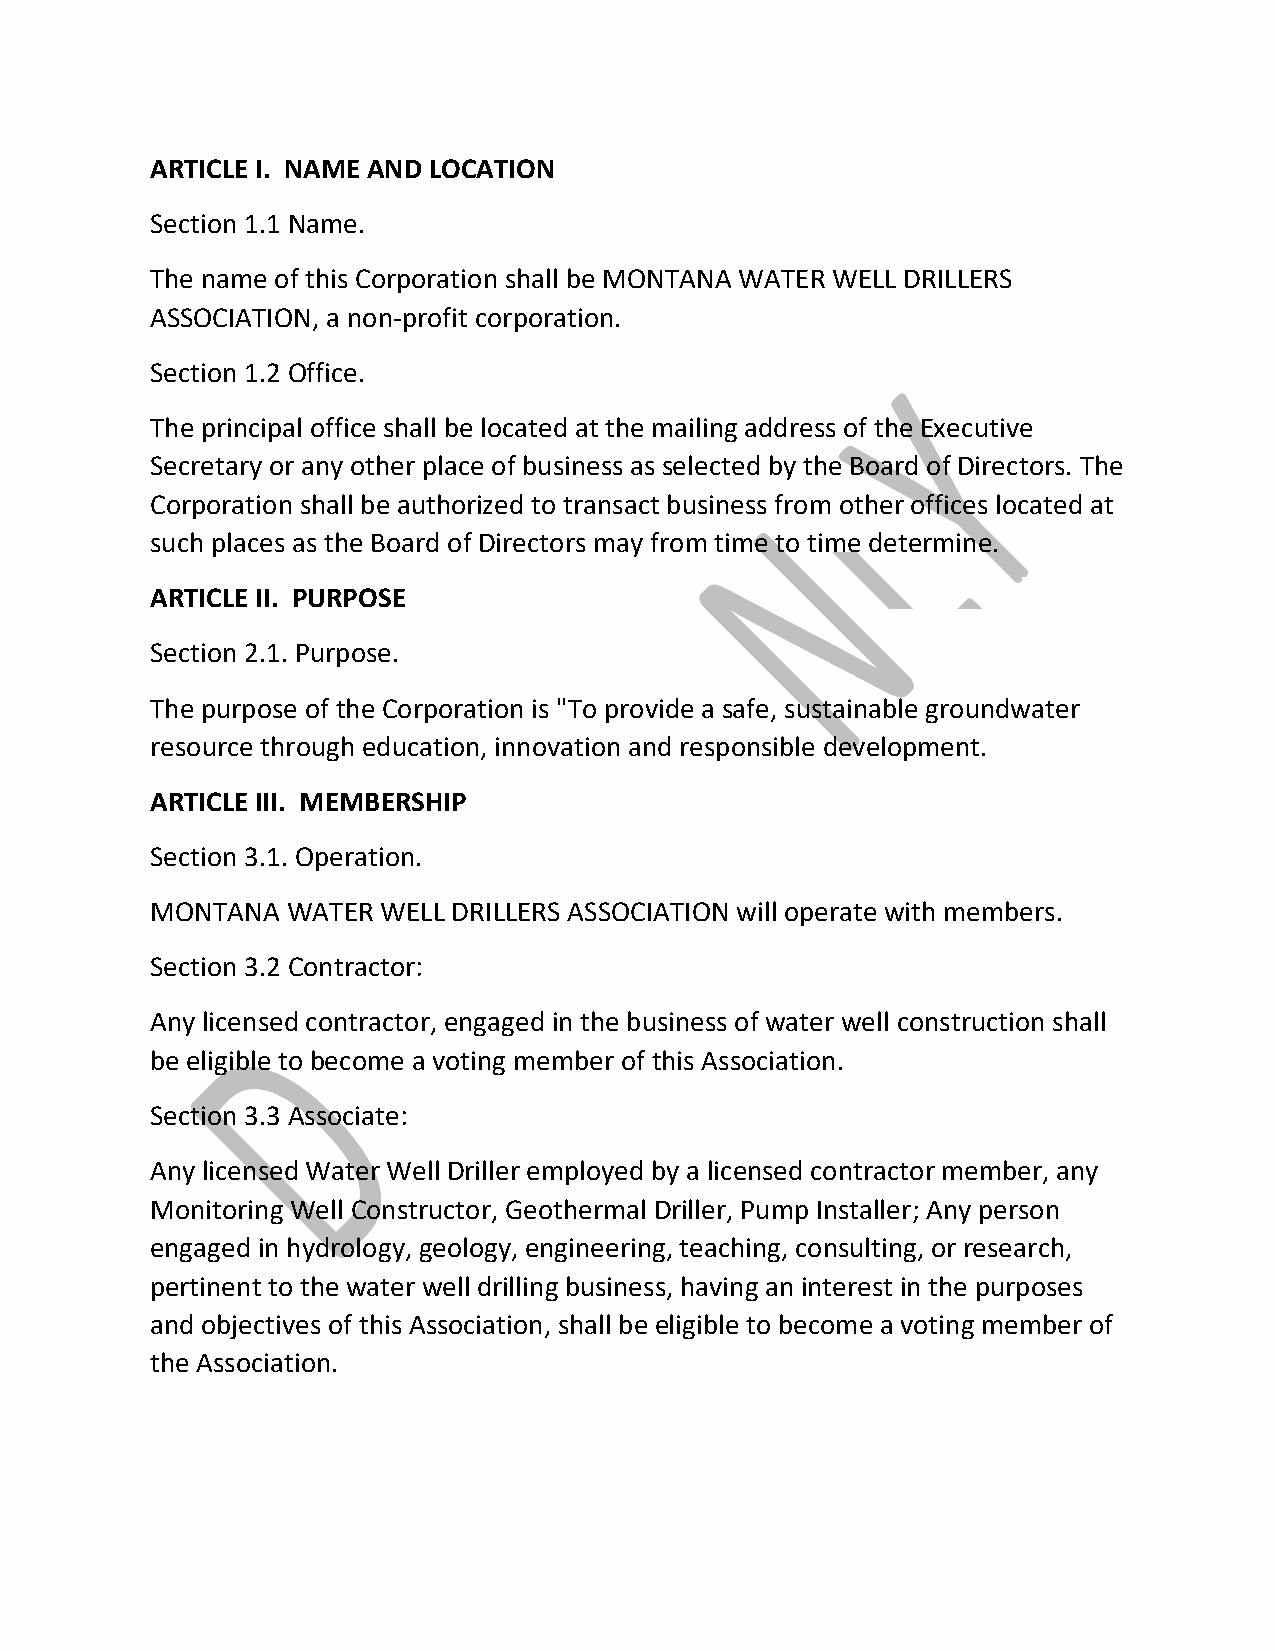
ARTICLE I. NAME AND LOCATION
 Section 1.1 Name.
 The name of this Corporation shall be MONTANA WATER WELL DRILLERS
 ASSOCIATION, a non‐profit corporation.
 Section 1.2 Office.
 The principal office shall be located at the mailing address of the Executive
 Secretary or any other place of business as selected by the Board of Directors. The
 Corporation shall be authorized to transact business from other offices located at
 such places as the Board of Directors may from time to time determine.
 ARTICLE II. PURPOSE
 Section 2.1. Purpose.
 The purpose of the Corporation is "To provide a safe, sustainable groundwater
 resource through education, innovation and responsible development.
 ARTICLE III. MEMBERSHIP
 Section 3.1. Operation.
 MONTANA  WATER WELL DRILLERS ASSOCIATION will operate with members.
 Section 3.2 Contractor:
 Any licensed contractor, engaged in the business of water well construction shall
 be eligible to become a voting member of this Association.
 Section 3.3 Associate:
 Any licensed Water Well Driller employed by a licensed contractor member, any
 Monitoring Well Constructor, Geothermal Driller, Pump Installer; Any person
 engaged in hydrology, geology, engineering, teaching, consulting, or research,
 pertinent to the water well drilling business, having an interest in the purposes
 and objectives of this Association, shall be eligible to become a voting member of
 the Association.